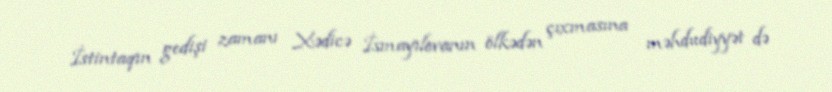
İstintaqın gedişi zamanı Xədicə İsmayılovanın ölkədən çıxmasına məhdudiyyət də